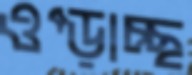
ওপ্‌ড়াচ্ছ